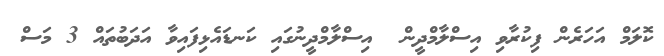
ކޮލަމް އަހަރެން ފިކުރާވި އިސްލާމްދީން  އިސްލާމްދީނުގައި ކަނޑައެޅިފައިވާ އަދަބުތައް 3 މަސް